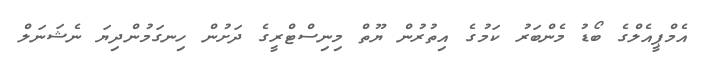
އެމްޕީއެލްގެ ބޯޑު މެންބަރު ކަމުގެ އިތުރުން ޔޫތް މިނިސްޓްރީގެ ދަށުން ހިނގަމުންދިޔަ ނެޝަނަލް